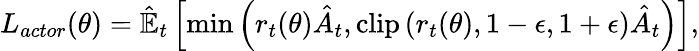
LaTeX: L_{actor}(\theta)=\hat{\mathbb{E}}_{t}\left[\operatorname*{min}\left(r_{t}(\theta)\hat{A}_{t},\operatorname{clip}\left(r_{t}(\theta),1-\epsilon,1+\epsilon\right)\hat{A}_{t}\right)\right],